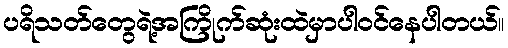
ပရိသတ်တွေရဲ့အကြိုက်ဆုံးထဲမှာပါဝင်နေပါတယ်။